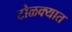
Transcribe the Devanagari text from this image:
टोळक्यात